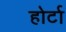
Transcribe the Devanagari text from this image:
होर्टा